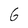
Character: 6